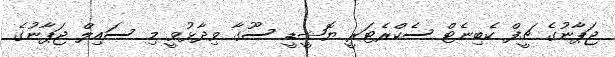
ޖަޕާނުގެ ޗީފް ކެބިނެޓް ސެކްރެޓަރީ ޔޮޝީޑީ ސޫގާ ވިދާޅުވީ މި ސައިލް ޖަޕާނުގެ